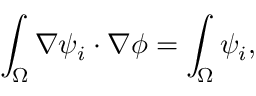
\int _ { \Omega } \nabla \psi _ { i } \cdot \nabla \phi = \int _ { \Omega } \psi _ { i } ,